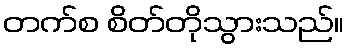
တက်စ စိတ်တိုသွားသည်။